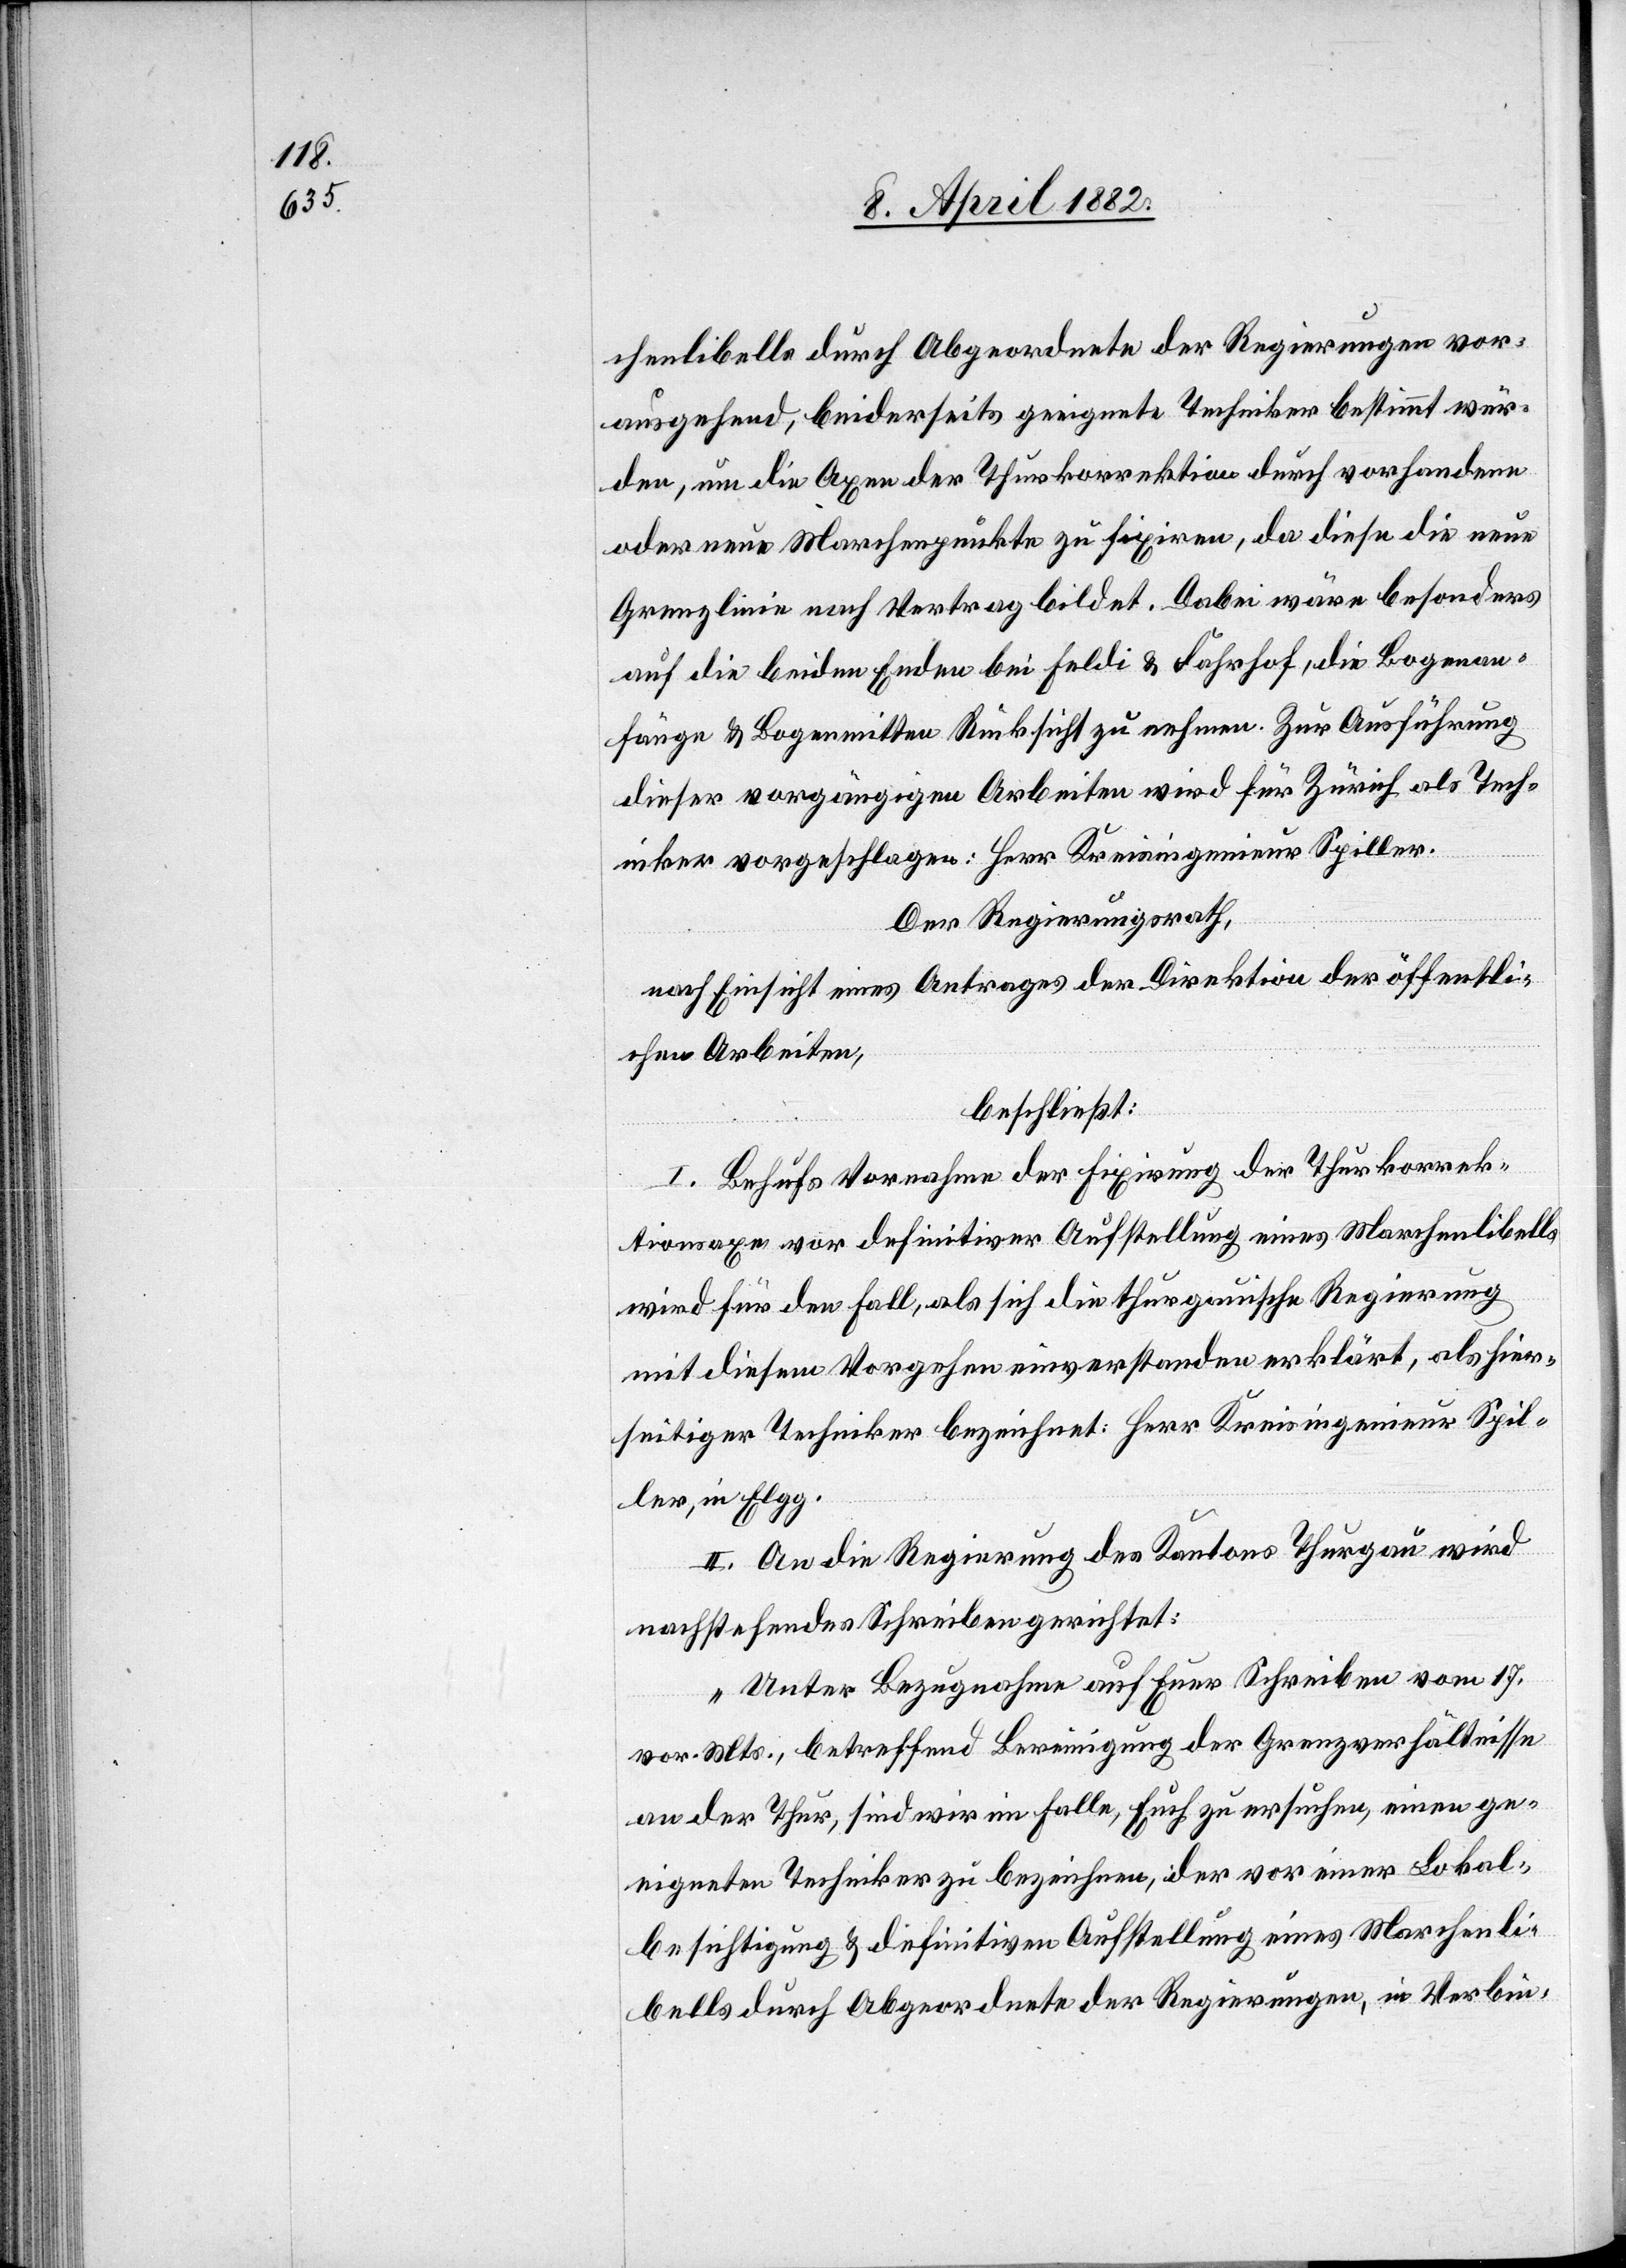
chenlibells durch abgeordnete der Regierungen vor¬
ausgehend, beiderseits geeignete Techniker bestimmt wür¬
den, um die Axen der Thurkorrektion durch vorhandene
oder neue Marchenpunkte zu fixiren, da diese die neue
Grenzlinie nach Vertrag bildet. Dabei wäre besonders
auf die beiden Enden bei Feldi & Fahrhof, die Bogenan¬
fänge & Bogenmitten Rücksicht zu nehmen. Zur Ausführung
dieser vorgängigen Arbeiten wird für Zürich als Tech¬
niker vorgeschlagen: Herr Kreisingenieur Spiller.
Der Regierungsrath,
nach Einsicht eines Antrages der Direktion der öffentli¬
chen Arbeiten,
beschließt:
I. Behufs Vornahme der Fixirung der Thurkorrek¬
tionsaxe vor definitiver Aufstellung eines Marchenlibells
wird für den Fall, als sich die thurgauische Regierung
mit diesem Vorgehen einverstanden erklärt, als hier¬
seitiger Techniker bezeichnet: Herr Kreisingenieur Spil¬
ler, in Elgg.
II. An die Regierung des Kantons Thurgau wird
nachstehendes Schreiben gerichtet:
„Unter Bezugnahme auf Euer Schreiben vom 17.
vor. Mts., betreffend Bereinigung der Grenzverhältnisse
an der Thur, sind wir im Falle, Euch zu ersuchen, einen ge¬
eigneten Techniker zu bezeichnen, der vor einer Lokal¬
besichtigung & definitiven Aufstellung eines Marchenli¬
bells durch Abgeordnete der Regierungen, in Verbin-